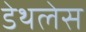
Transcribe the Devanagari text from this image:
डेथलेस